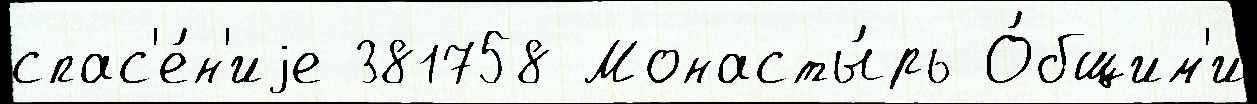
спас'е́н'иjе 381758 Монасты́рь О́бщим'и